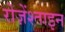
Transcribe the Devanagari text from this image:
रोज़ेंश्ताइन